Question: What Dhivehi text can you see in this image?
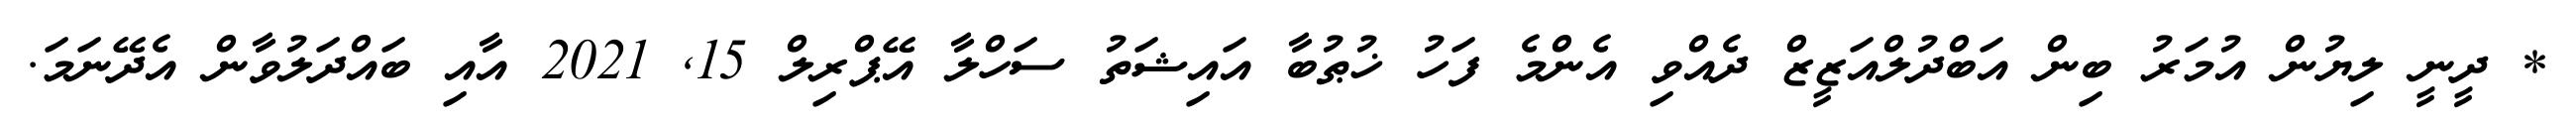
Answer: * ދީނީ ލިޔުން އުމަރު ބިން އަބްދުލްއަޒީޒް ދެއްވި އެންމެ ފަހު ޚުޠުބާ އައިޝަތު ސަހްލާ އޭޕްރިލް 15, 2021 އާއި ބައްދަލުވާން އެދޭނަމަ.